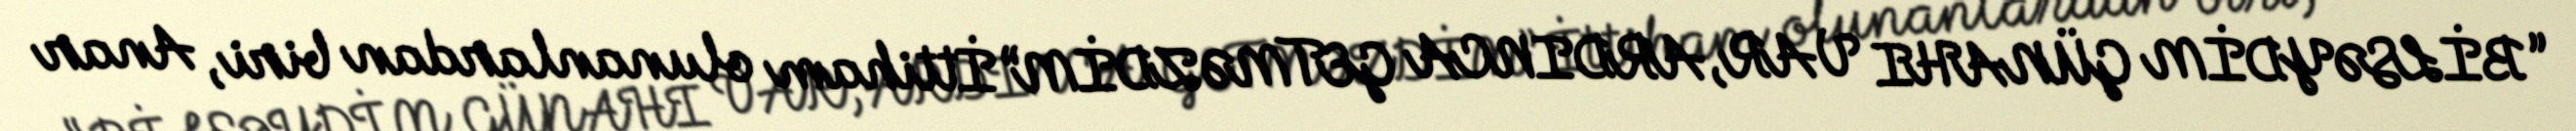
“BİLSƏYDİM GÜNAHI VAR, ARDINCA GETMƏZDİM” İttiham olunanlardan biri, Anar